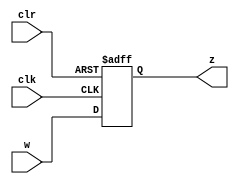
module D_flip_flop(input w,clk,clr,output reg z);
always@(negedge clr,posedge clk)
if(!clr)
  z<=0;
else
  z<=w;
endmodule